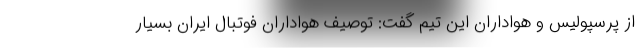
از پرسپولیس و هواداران این تیم گفت: توصیف هواداران فوتبال ایران بسیار